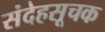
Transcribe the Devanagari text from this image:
संदेहसूचक